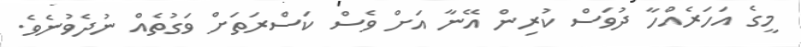
މީގެ އަހަރެއްހާ ދުވަސް ކުރިން އޭނާ އަށް ވެސް ކަސްރަތަށް ވަގުތެއް ނުދެވުނެވެ.